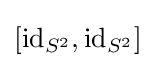
[\mathrm {id} _{S^{2}},\mathrm {id} _{S^{2}}]